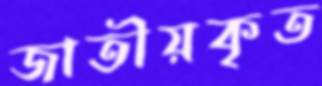
জাতীয়কৃত